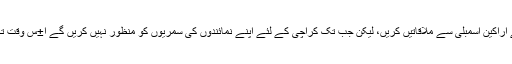
وزیر اعظم لاکھ بار اپنے اراکین اسمبلی سے ملاقاتیں کریں، لیکن جب تک کراچی کے لئے اپنے نمائندوں کی سمریوں کو منظور نہیں کریں گے ا±س وقت تک کچھ حاصل نہیں ہوگا۔